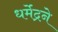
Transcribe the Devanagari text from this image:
धर्मेंद्रने